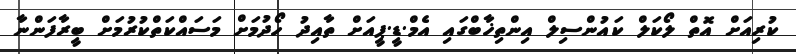
ކުރިއަށް އޮތް ލޯކަލް ކައުންސިލް އިންތިޚާބްގައި އެމް.ޑީ.ޕީއަށް ތާއިދު ހޯދުމަށް މަސައްކަތްކުރުމަށް ބީރާފަންނާ